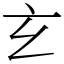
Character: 𤣥